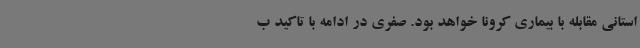
استانی مقابله با بیماری کرونا خواهد بود. صفری در ادامه با تاکید ب